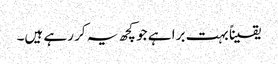
یقیناً بہت برا ہے جو کچھ یہ کر رہے ہیں۔